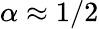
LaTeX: \alpha\approx 1/2